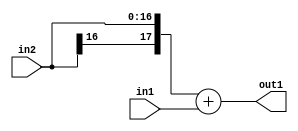
`timescale 1ps / 1ps
/*****************************************************************************
    Verilog RTL Description
    
    
    Created by: Stratus DpOpt 2019.1.01 
*******************************************************************************/

module st_weight_addr_gen_Add_17Sx9U_18S_4_4 (
	in2,
	in1,
	out1
	); /* architecture "behavioural" */ 
input [16:0] in2;
input [8:0] in1;
output [17:0] out1;
wire [17:0] asc001;

assign asc001 = 
	+({in2[16], in2})
	+(in1);

assign out1 = asc001;
endmodule

/* CADENCE  ubTxQwA= : u9/ySgnWtBlWxVPRXgAZ4Og= ** DO NOT EDIT THIS LINE ******/